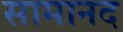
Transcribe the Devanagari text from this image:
सामानद